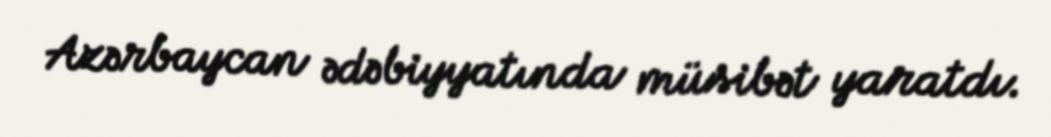
Azərbaycan ədəbiyyatında müsibət yaratdı.